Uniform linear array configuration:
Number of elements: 12
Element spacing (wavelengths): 0.25
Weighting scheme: blackman
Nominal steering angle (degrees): -45
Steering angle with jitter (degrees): -46.267
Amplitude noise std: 0.05
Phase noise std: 0.05

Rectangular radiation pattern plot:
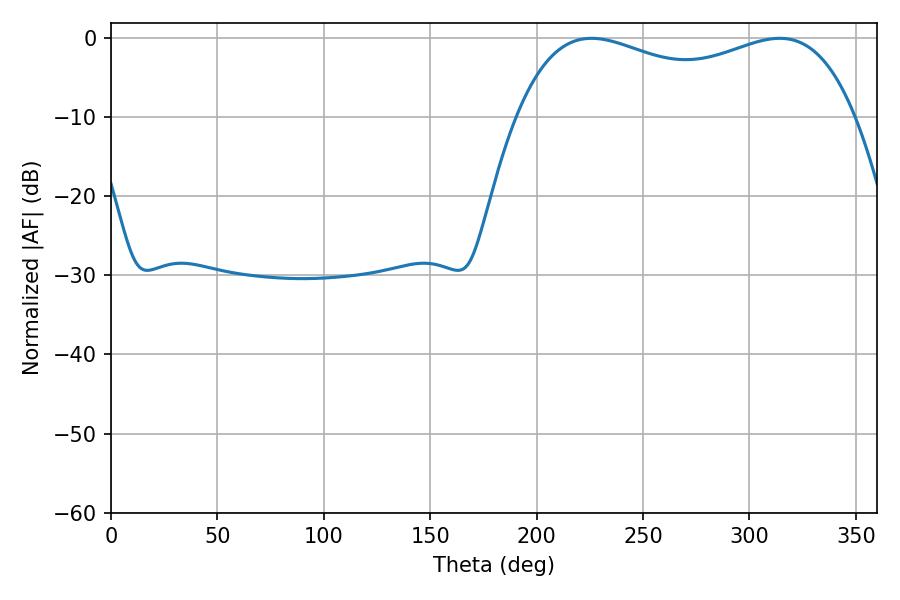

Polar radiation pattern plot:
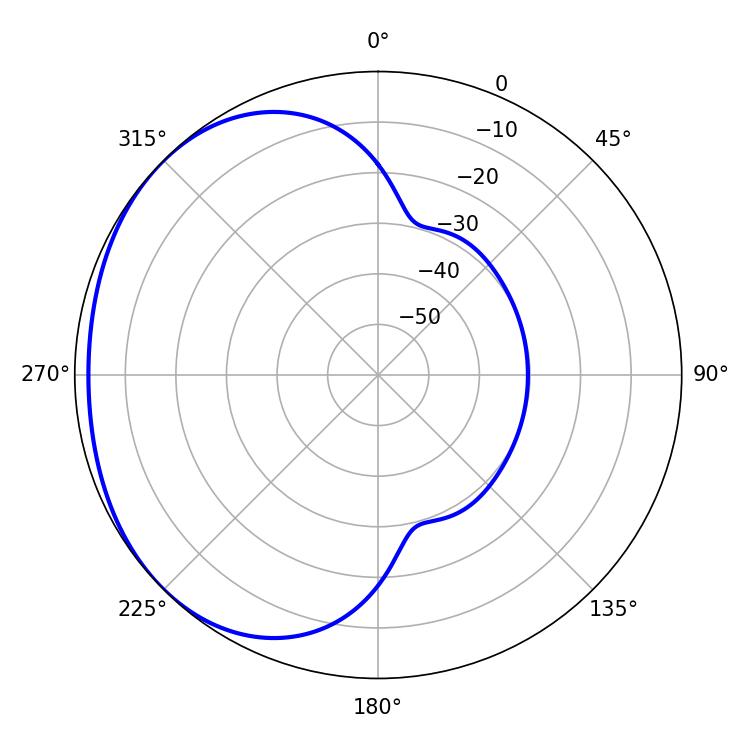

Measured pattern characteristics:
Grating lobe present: FALSE
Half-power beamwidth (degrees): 130.68
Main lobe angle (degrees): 314.28